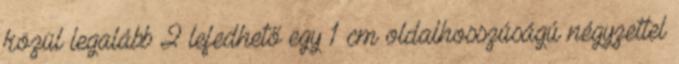
közül legalább 2 lefedhető egy 1 cm oldalhosszúságú négyzettel